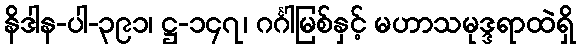
နိဒါန-ပါ-၃၉၁၊ ဋ္ဌ-၁၄၇၊ ဂင်္ဂါမြစ်နှင့် မဟာသမုဒ္ဒရာထဲရှိ